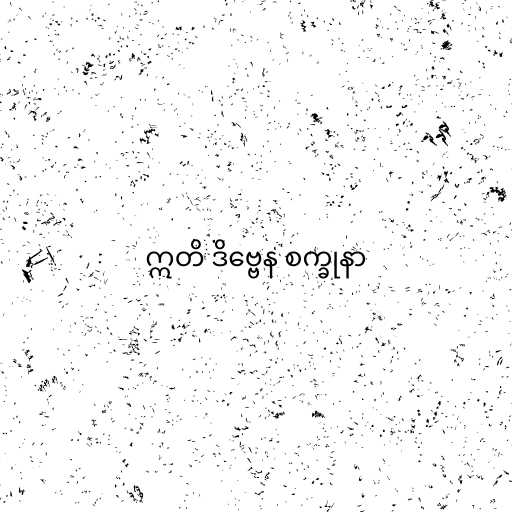
ဣတိ ဒိဗ္ဗေန စက္ခုနာ